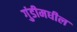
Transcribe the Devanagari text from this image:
गुंडीमधील